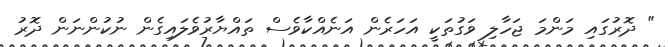
" ދޮރުގައި މަންމަ ޖަހާލި ވަގުތަކީ އަހަރެން އަނެއްކާވެސް ތައްޔާރުވެލައިގެން ނުކުންނަން ދޮރު